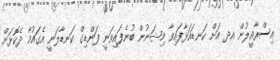
އިސްރާއީލުން އދ އަށް ކަނޑައަޅާފައިވާ މިޝަނުން ބުނެފައިވަނީ ފަންޑިގް ކަނޑާލަނީ އެގައުމާ ދެކޮޅަށް